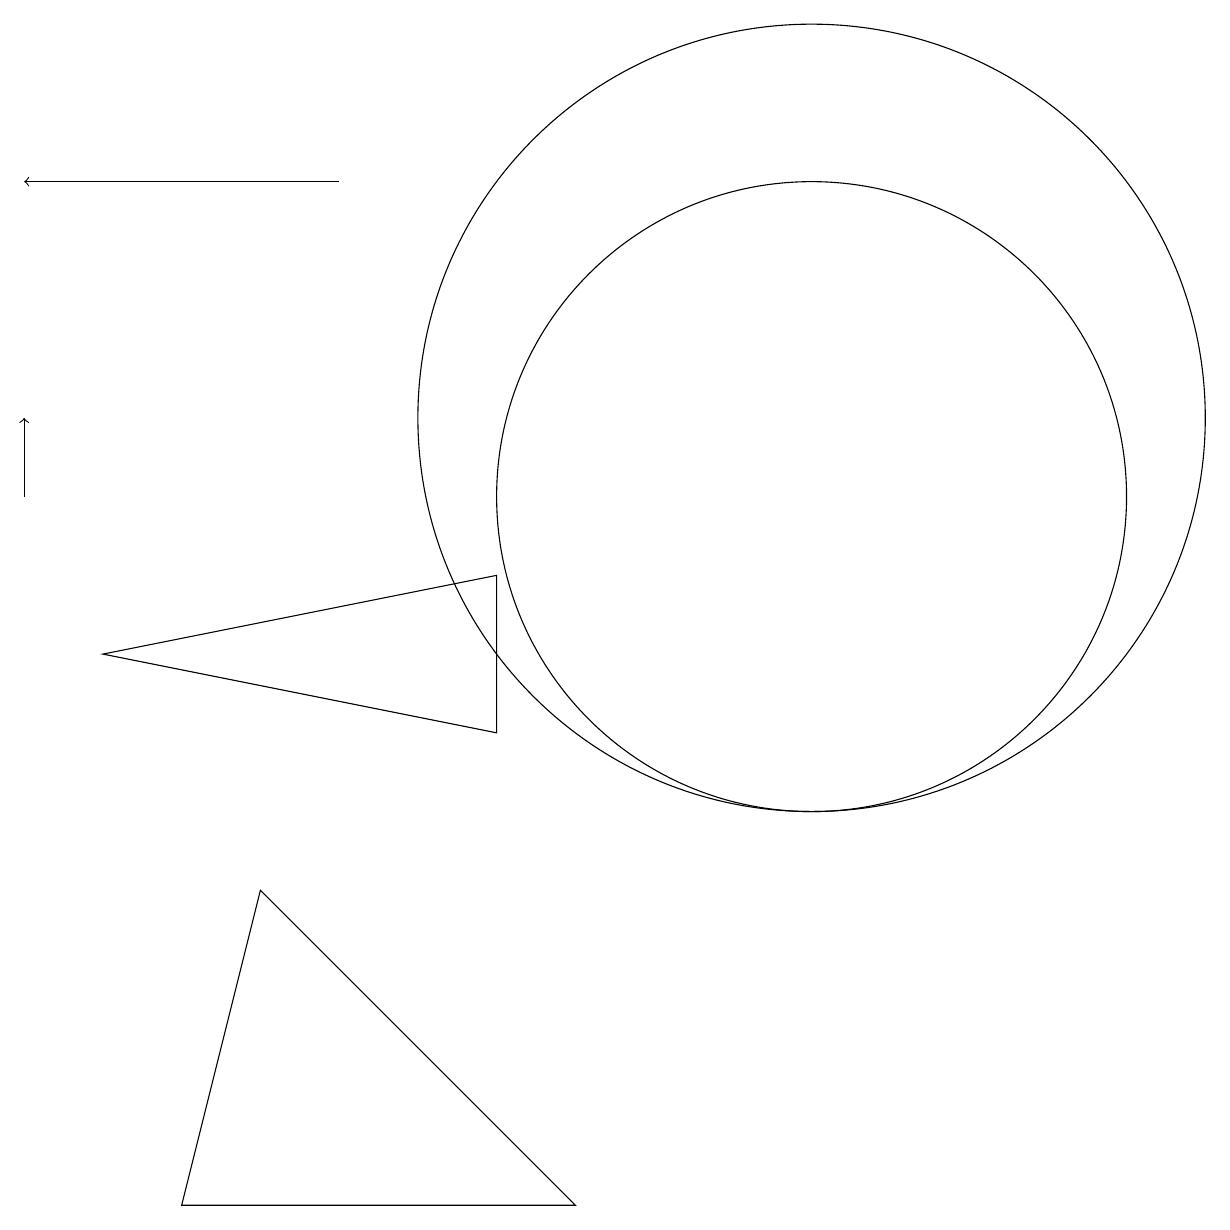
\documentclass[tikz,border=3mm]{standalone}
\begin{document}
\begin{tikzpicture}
\draw (11,11) circle (5);
\draw (3,1) -- (4,5) -- (8,1) -- cycle;
\draw[->] (1,10) -- (1,11);
\draw (2,8) -- (7,9) -- (7,7) -- cycle;
\draw[->] (5,14) -- (1,14);
\draw (11,10) circle (4);
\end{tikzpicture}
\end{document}